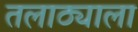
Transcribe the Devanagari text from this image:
तलाठ्याला